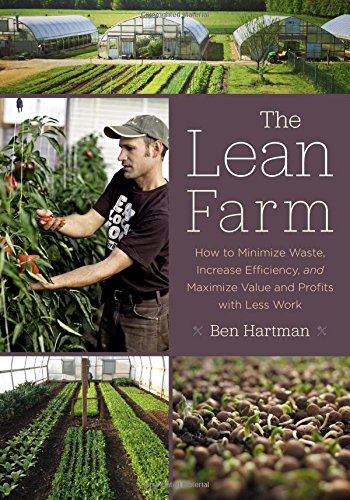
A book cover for The Lean Farm: How to Minimize Waste, Increase Efficiency, and Maximize Value and Profits with Less Work; Ben Hartman; Crafts, Hobbies & Home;